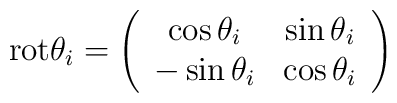
{\rm  rot} \theta_i = \left(\begin{array}{cc}\cos \theta_i   & \sin \theta_i   \\-\sin \theta_i  & \cos \theta_i   \\\end{array}\right)